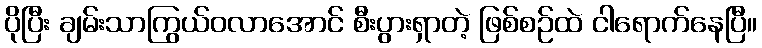
ပိုပြီး ချမ်းသာကြွယ်ဝလာအောင် စီးပွားရှာတဲ့ ဖြစ်စဉ်ထဲ ငါရောက်နေပြီ။